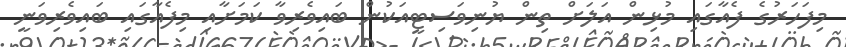
މިފަހަރުގެ ފެއާގައި މުޅިން އަލަށް ތިން ޔުނިވަސިޓީއަކުން ބައިވެރިވާ ކަމަށާއި މިފެއާގައި ބައިވެރިވަނީ